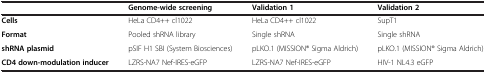
<table><thead><tr><td></td><td><b>Genome-wide screening</b></td><td><b>Validation 1</b></td><td><b>Validation 2</b></td></tr></thead><tbody><tr><td><b>Cells</b></td><td>HeLa CD4++ cl1022</td><td>HeLa CD4++ cl1022</td><td>SupT1</td></tr><tr><td><b>Format</b></td><td>Pooled shRNA library</td><td>Single shRNA</td><td>Single shRNA</td></tr><tr><td><b>shRNA plasmid</b></td><td>pSIF H1 SBI (System Biosciences)</td><td>pLKO.1 (MISSION® Sigma Aldrich)</td><td>pLKO.1 (MISSION® Sigma Aldrich)</td></tr><tr><td><b>CD4 down-modulation inducer</b></td><td>LZRS-NA7 Nef-IRES-eGFP</td><td>LZRS-NA7 Nef-IRES-eGFP</td><td>HIV-1 NL4.3 eGFP</td></tr></tbody></table>